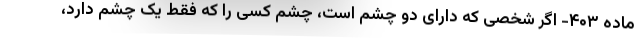
ماده ۴۰۳- اگر شخصی که دارای دو چشم است، چشم کسی را که فقط یک چشم دارد،